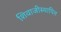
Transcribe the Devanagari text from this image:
शिवाजीस्थापित